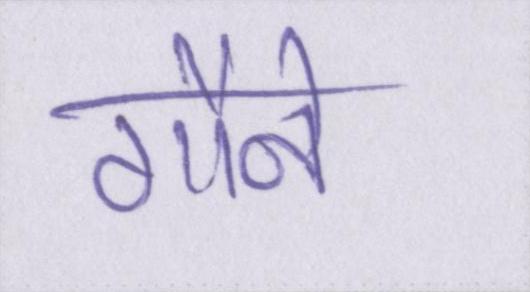
गौने